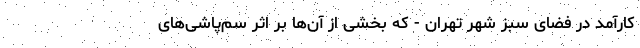
کارآمد در فضای سبز شهر تهران - که بخشی از آن‌ها بر اثر سم‌پاشی‌های